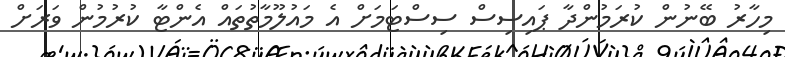
މިހާރު ބޭނުން ކުރަމުންދާ ޕައިސިސް ސިސްޓަމަށް އެ މައުލޫމާތުތައް އެންޓާ ކުރުމުން ވަރަށް